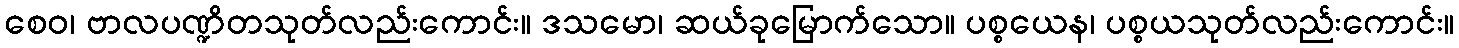
စေဝ၊ ဗာလပဏ္ဍိတသုတ်လည်းကောင်း။ ဒသမော၊ ဆယ်ခုမြောက်သော။ ပစ္စယေန၊ ပစ္စယသုတ်လည်းကောင်း။